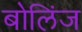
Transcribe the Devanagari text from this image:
बोलिंज